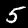
Label: 5